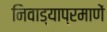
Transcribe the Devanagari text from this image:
निवाड्याप्रमाणें